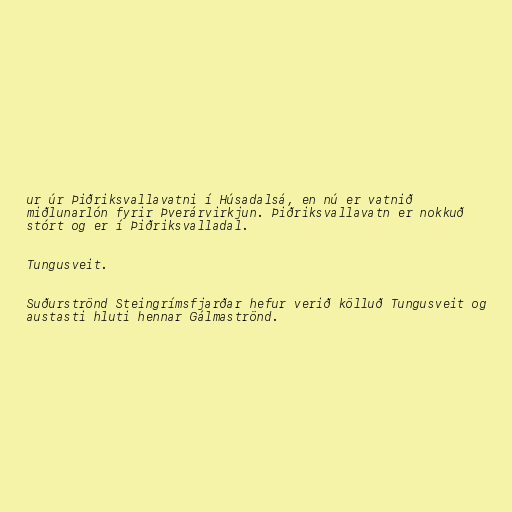
ur úr Þiðriksvallavatni í Húsadalsá, en nú er vatnið
miðlunarlón fyrir Þverárvirkjun. Þiðriksvallavatn er nokkuð
stórt og er í Þiðriksvalladal.

Tungusveit.

Suðurströnd Steingrímsfjarðar hefur verið kölluð Tungusveit og
austasti hluti hennar Gálmaströnd.